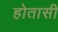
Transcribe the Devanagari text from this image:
होतासी